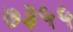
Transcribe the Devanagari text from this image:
७३५५